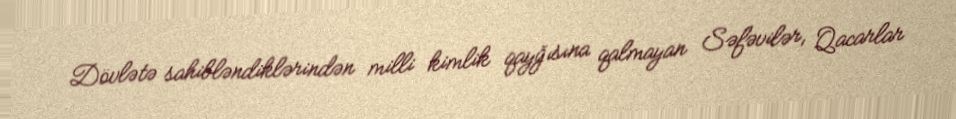
Dövlətə sahibləndiklərindən milli kimlik qayğısına qalmayan Səfəvilər, Qacarlar